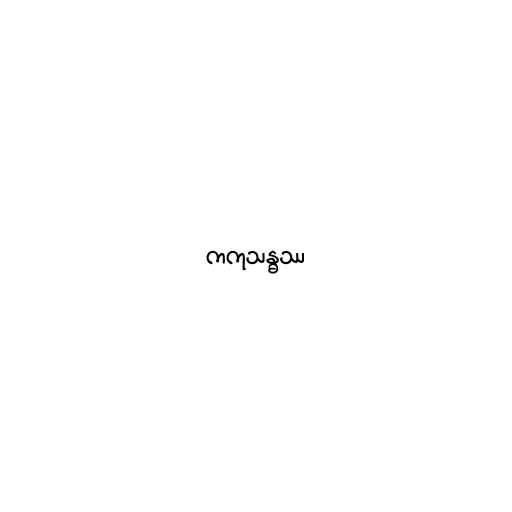
ကကုသန္ဓဿ